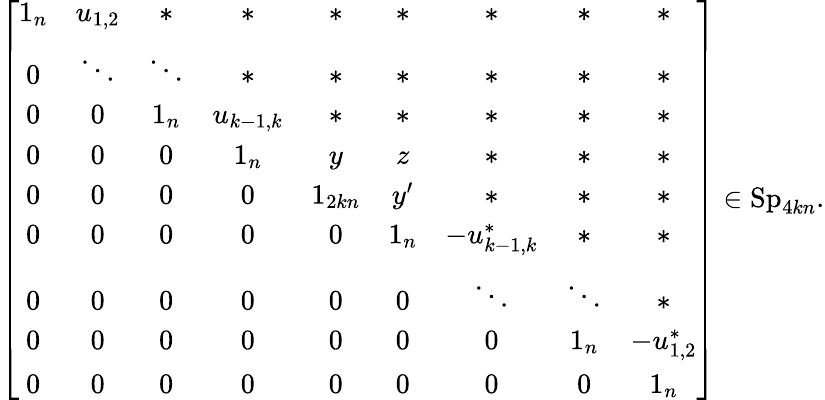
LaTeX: \left[\begin{array}{ccccccccc}{1_{n}}&{u_{1,2}}&{\ast}&{\ast}&{\ast}&{\ast}&{\ast}&{\ast}&{\ast}\\ {0}&{\ddots}&{\ddots}&{\ast}&{\ast}&{\ast}&{\ast}&{\ast}&{\ast}\\ {0}&{0}&{1_{n}}&{u_{k-1,k}}&{\ast}&{\ast}&{\ast}&{\ast}&{\ast}\\ {0}&{0}&{0}&{1_{n}}&{y}&{z}&{\ast}&{\ast}&{\ast}\\ {0}&{0}&{0}&{0}&{1_{2kn}}&{y^{\prime}}&{\ast}&{\ast}&{\ast}\\ {0}&{0}&{0}&{0}&{0}&{1_{n}}&{-u_{k-1,k}^{\ast}}&{\ast}&{\ast}\\ {0}&{0}&{0}&{0}&{0}&{0}&{\ddots}&{\ddots}&{\ast}\\ {0}&{0}&{0}&{0}&{0}&{0}&{0}&{1_{n}}&{-u_{1,2}^{\ast}}\\ {0}&{0}&{0}&{0}&{0}&{0}&{0}&{0}&{1_{n}}\end{array}\right]\in\mathrm{Sp}_{4kn}.